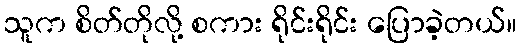
သူက စိတ်တိုလို့ စကား ရိုင်းရိုင်း ပြောခဲ့တယ်။